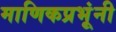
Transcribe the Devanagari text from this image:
माणिकप्रभूंनी